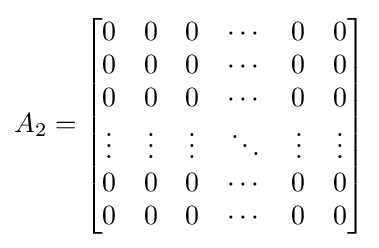
A_{2}={\begin{bmatrix}0&0&0&\cdots &0&0\\0&0&0&\cdots &0&0\\0&0&0&\cdots &0&0\\\vdots &\vdots &\vdots &\ddots &\vdots &\vdots \\0&0&0&\cdots &0&0\\0&0&0&\cdots &0&0\end{bmatrix}}